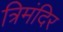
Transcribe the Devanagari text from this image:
त्रिमंदिर